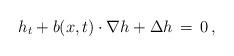
LaTeX: \begin{align*} h_t + b(x,t)\cdot\nabla h + \Delta h \,=\, 0\,,\end{align*}